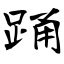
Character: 踊